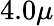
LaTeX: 4.0\mu